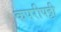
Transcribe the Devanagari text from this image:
कपरीपट्टी